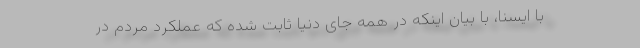
با ایسنا، با بیان اینکه در همه جای دنیا ثابت شده که عملکرد مردم در